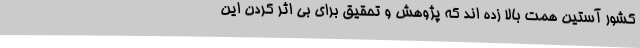
کشور آستین همت بالا زده اند که پژوهش و تحقیق برای بی اثر کردن این